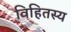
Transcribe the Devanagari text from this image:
विहितस्य